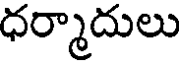
ధర్మాదులు